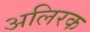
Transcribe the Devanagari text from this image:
अलिरक